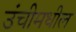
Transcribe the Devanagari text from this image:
उंचीमधील